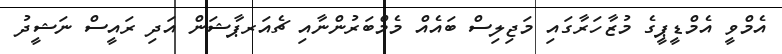
އެމްވީ އެމްޑީޕީގެ މުޒާހަރާގައި މަޖިލިސް ބައެއް މެމްބަރުންނާއި ޗެއަރޕާޝަން އަދި ރައީސް ނަޝީދު